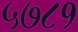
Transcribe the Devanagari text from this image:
५७८१